Report on sanitation, dispensaries, and jails in Rajputana for 1917, and on vaccination for the year 1917-1918 - 1917-1918
Year: 1917
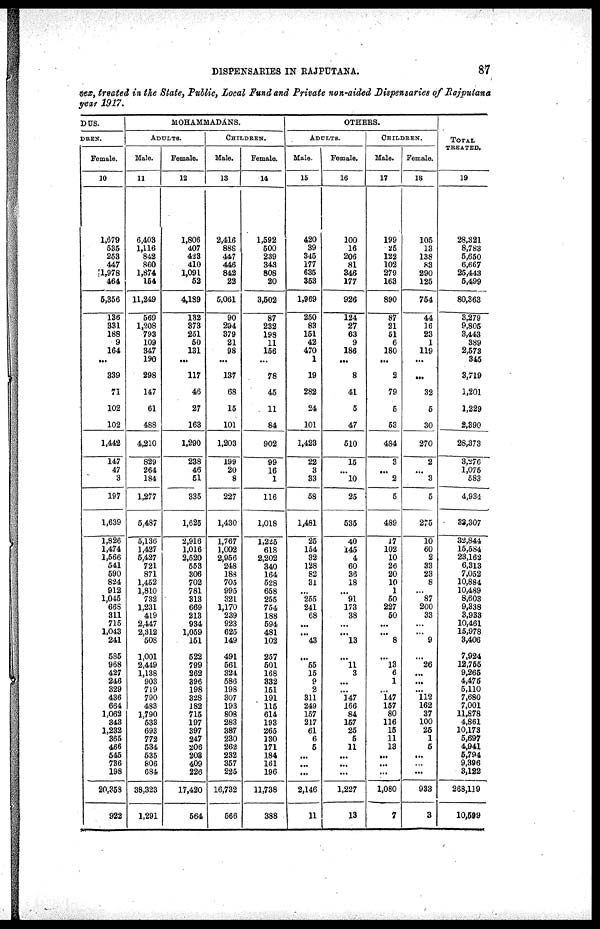
DISPENSARIES IN RAJPUTANA.
87
sex, treated in the State, Public, Local Fund and Private non-aided Dispensaries of Rajputana
year 1917.
DUS.
DREN.
Female.
10
1,679
535
253
447
1,978
464
5,356
136
331
188
9
164
...
339
71
102
102
1,442
147
47
3
197
1,639
1,826
1,474
1,566
541
590
824
912
1,045
668
311
715
1,043
241
585
968
427
246
329
436
664
1,062
343
1,232
365
466
545
736
198
20,358
922
MOHAMMADANS.
ADULTS.
Male.
11
6,403
1,116
842
860
1,874
154
11,249
569
1,208
793
109
347
190
298
147
61
488
4,210
829
264
184
1,277
5,487
5,136
1,427
5,427
721
871
1,452
1,810
732
1,231
419
2,447
2,312
508
1,001
2,449
1,138
903
719
790
483
1,790
533
693
772
534
535
806
684
38,323
1,291
Female.
12
1,806
407
423
410
1,091
52
4,189
132
373
251
50
131
...
117
46
27
163
1,290
238
46
51
335
1,625
2,916
1,016
2,520
553
306
702
781
313
669
213
934
1,059
151
522
799
262
396
198
328
182
715
197
397
247
206
203
409
226
17,420
564
CHILDREN.
Hale.
13
2,416
888
447
446
842
22
5,061
90
294
379
21
98
...
137
68
15
101
1,203
199
20
8
227
1,430
1,767
1,002
2,956
248
188
705
995
321
1,170
239
923
625
149
491
561
324
586
198
307
193
808
283
387
230
262
232
357
225
16,732
666
Female.
14
1,592
500
239
343
808
20
3,602
87
232
198
11
156
...
78
45
11
84
902
99
16
1
116
1,018
1,225
618
2,202
340
164
528
658
255
754
188
694
481
102
257
501
168
332
151
191
115
614
193
265
130
171
184
161
196
11,738
388
OTHERS.
ADULTS.
Male.
15
420
39
345
177
635
353
1,969
250
83
151
42
470
1
19
282
24
101
1,423
22
3
33
58
1,481
25
154
32
128
82
31
...
255
241
68
...
...
43
...
55
15
9
2
311
249
157
217
61
6
5
...
...
...
2,146
11
Female.
16
100
16
206
81
346
177
926
124
27
63
9
186
...
8
41
5
47
510
15
...
10
25
536
40
145
4
60
36
18
...
91
173
38
...
...
13
...
11
3
...
...
147
166
84
157
25
5
11
...
...
...
1,227
13
CHILDREN.
Male.
17
199
25
122
102
279
163
890
87
21
61
6
180
...
2
79
5
53
484
3
...
2
5
489
17
102
10
26
20
10
1
50
227
50
...
...
8
...
13
6
1
...
147
157
80
116
15
11
13
...
...
...
1,080
7
Female.
18
105
13
138
83
290
125
754
44
16
23
1
119
...
...
32
5
30
270
2
...
3
5
275
10
60
2
33
23
8
...
87
200
33
...
...
9
...
26
...
...
...
112
162
37
100
25
1
5
...
...
...
933
3
TOTAL
TREATED.
19
28,321
8,783
5,650
6,667
25,443
5,499
80,363
3,279
9,805
3,443
389
2,573
346
3,719
1,201
1,229
2,390
28,373
3,276
1,075
583
4,934
33,307
32,844
15,584
23,162
6,313
7,052
10,884
10,489
8,603
9,338
3,933
10,461
15,978
3,406
7,924
12,755
9,265
4,475
5,110
7,680
7,001
11,878
4,861
10,173
5,697
4,941
5,794
9,396
3,122
268,119
10,599